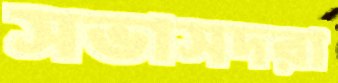
সভাসদরা